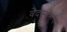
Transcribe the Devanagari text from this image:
वेदस्वरूप